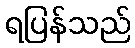
ရပြန်သည်